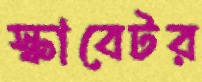
স্কাবেটর